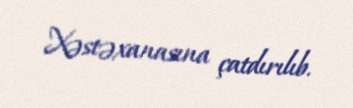
Xəstəxanasına çatdırılıb.